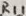
Text: R11